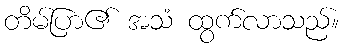
တိမ်ပြာ၏ အသံ ထွက်လာသည်။